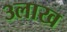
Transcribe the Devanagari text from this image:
३लाख